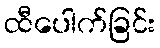
ထီပေါက်ခြင်း